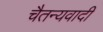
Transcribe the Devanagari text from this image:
चैतन्यवादी